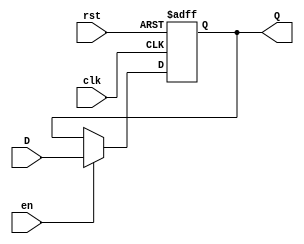
module InputRegister #(
    parameter WIDTH = 8 // Parameterized width of the register (default is 8 bits)
)(
    input wire clk,        // Clock signal
    input wire rst,        // Reset signal (active high)
    input wire en,         // Enable signal (active high)
    input wire [WIDTH-1:0] D, // Input data lines
    output reg [WIDTH-1:0] Q  // Output data lines
);

// Synchronous reset and capture logic
always @(posedge clk or posedge rst) begin
    if (rst) begin
        Q <= {WIDTH{1'b0}}; // Reset output to 0
    end else if (en) begin
        Q <= D; // Capture input data on clock edge when enabled
    end
    // If not enabled, retain previous value of Q
end

endmodule